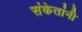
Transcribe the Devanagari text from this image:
संकेतांनी